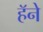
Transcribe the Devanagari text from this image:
हॅने